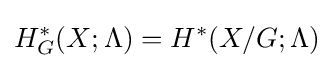
H_{G}^{*}(X;\Lambda )=H^{*}(X/G;\Lambda )